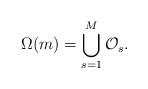
LaTeX: \begin{align*} \Omega(m)=\bigcup_{s=1}^{M}\mathcal{O}_{s}. \end{align*}